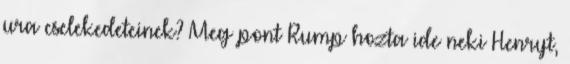
ura cselekedeteinek? Meg pont Rump hozta ide neki Henryt,